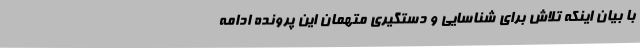
با بیان اینکه تلاش برای شناسایی و دستگیری متهمان این پرونده ادامه